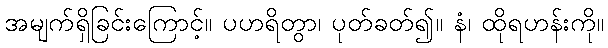
အမျက်ရှိခြင်းကြောင့်။ ပဟရိတွာ၊ ပုတ်ခတ်၍။ နံ၊ ထိုရဟန်းကို။